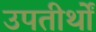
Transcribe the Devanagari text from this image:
उपतीर्थों